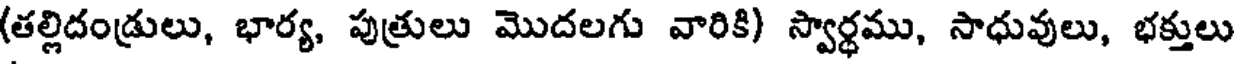
(తల్లిదండ్రులు, భార్య, పుత్రులు మొదలగు వారికి) స్వార్ధము, సాధువులు, భక్తులు